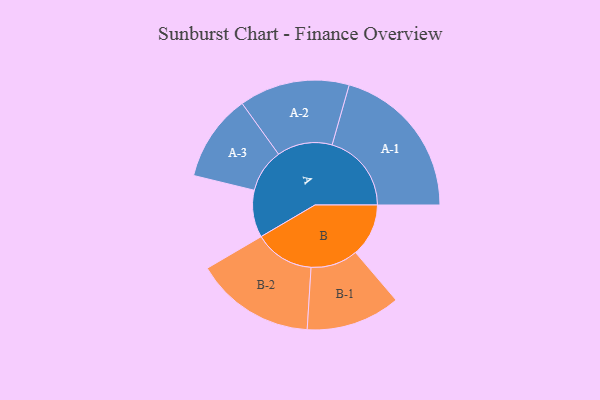
{"axis": {"x": "Segment", "y": "Value"}, "legend": ["", "A", "B"], "data": [{"x": "A", "y": 129, "type": ""}, {"x": "B", "y": 145, "type": ""}, {"x": "A-1", "y": 217, "type": "A"}, {"x": "A-2", "y": 151, "type": "A"}, {"x": "A-3", "y": 119, "type": "A"}, {"x": "B-1", "y": 129, "type": "B"}, {"x": "B-2", "y": 164, "type": "B"}]}